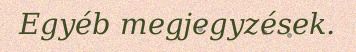
Egyéb megjegyzések.